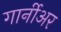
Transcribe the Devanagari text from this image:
गार्नीअर